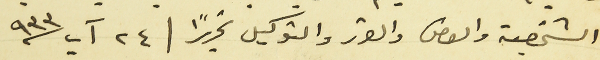
الشخصية والفصل والقرر والتوكيل تحريراً / ٢٤ آب سنة ٩٣٣